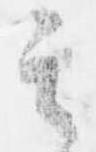
其